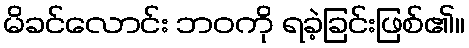
မိခင်လောင်း ဘဝကို ရခဲ့ခြင်းဖြစ်၏။